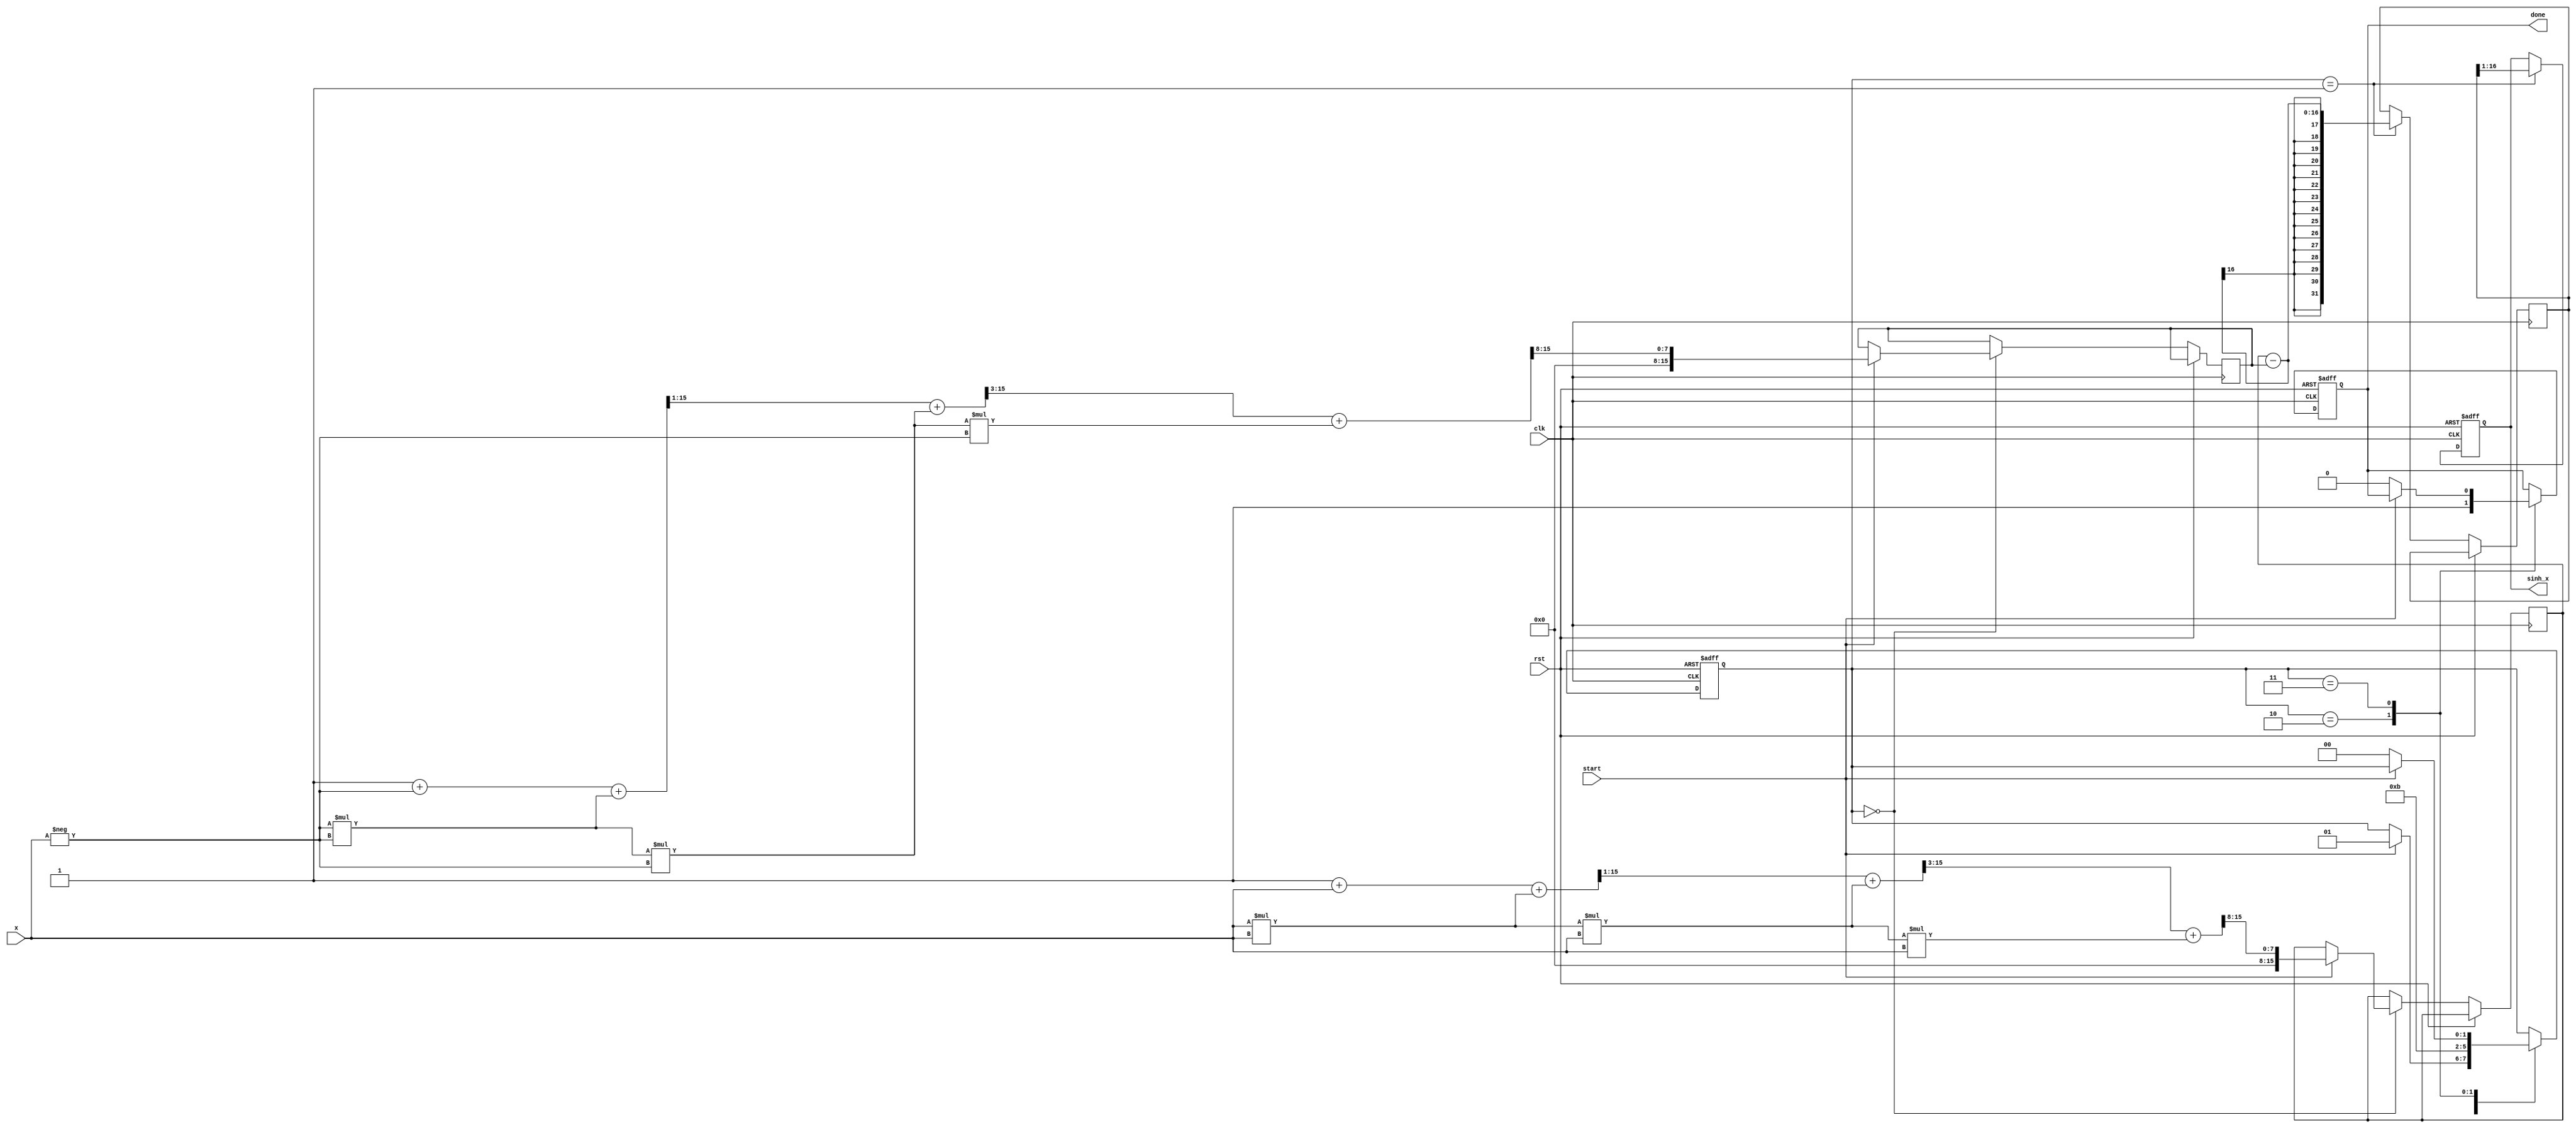
module sinh_block (
    input wire clk,
    input wire rst,
    input wire [15:0] x,           // Input: Fixed-point representation of x
    input wire start,              // Start signal
    output reg [15:0] sinh_x,      // Output: Result of sinh(x)
    output reg done                // Done signal
);

    // Internal signals
    reg [15:0] exp_x;              // e^x
    reg [15:0] exp_neg_x;          // e^(-x)
    reg [31:0] temp_result;         // Temporary result for calculation

    // State Definitions
    reg [1:0] state;
    parameter IDLE = 2'b00,
              CALC_EXP = 2'b01,
              CALC_SINH = 2'b10,
              DONE = 2'b11;

    // Taylor series approximation for e^x: e^x  1 + x + x^2/2! + x^3/3! + ...
    function [15:0] exp_approx;
        input [15:0] x;
        begin
            exp_approx = 16'h0001; // e^0 = 1
            exp_approx = exp_approx + x; // + x
            exp_approx = exp_approx + (x * x) >> 1; // + x^2/2
            exp_approx = exp_approx + (x * x * x) >> 3; // + x^3/6
            exp_approx = exp_approx + (x * x * x * x) >> 8; // + x^4/24
            // Add more terms for better accuracy if needed
        end
    endfunction

    always @(posedge clk or posedge rst) begin
        if (rst) begin
            state <= IDLE;
            sinh_x <= 16'h0000;
            done <= 1'b0;
        end else begin
            case (state)
                IDLE: begin
                    if (start) begin
                        exp_x <= exp_approx(x);                // Calculate e^x
                        exp_neg_x <= exp_approx(-x);           // Calculate e^(-x)
                        state <= CALC_EXP;
                    end
                end
                CALC_EXP: begin
                    // Perform the subtraction and division
                    temp_result <= exp_x - exp_neg_x;        // e^x - e^(-x)
                    sinh_x <= temp_result >> 1;              // (e^x - e^(-x)) / 2
                    state <= CALC_SINH;
                end
                CALC_SINH: begin
                    done <= 1'b1;                             // Indicate completion
                    state <= DONE;
                end
                DONE: begin
                    // Remain in DONE state until reset
                    if (!start) begin
                        done <= 1'b0;                         // Reset done signal
                        state <= IDLE;                       // Go back to IDLE
                    end
                end
            endcase
        end
    end
endmodule